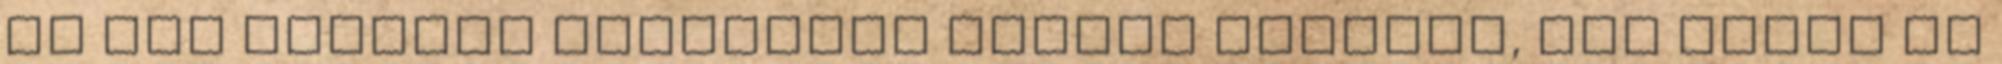
de apa szemmel láthatóan nagyon élvezte, még hozzá is